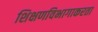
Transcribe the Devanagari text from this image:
शिक्षणविभागाकरता